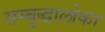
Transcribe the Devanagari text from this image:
सम्बुद्धालोका